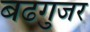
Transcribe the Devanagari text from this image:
बढगुजर